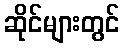
ဆိုင်များတွင်